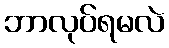
ဘာလုပ်ရမလဲ